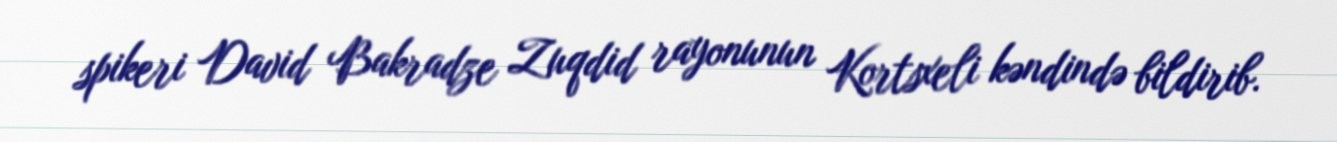
spikeri David Bakradze Zuqdid rayonunun Kortsxeli kəndində bildirib.